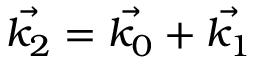
\vec { k _ { 2 } } = \vec { k _ { 0 } } + \vec { k _ { 1 } }